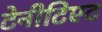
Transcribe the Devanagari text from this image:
टेनीटिएट